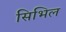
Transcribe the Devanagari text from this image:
सिभिल